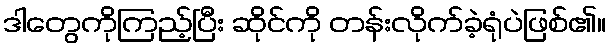
ဒါတွေကိုကြည့်ပြီး ဆိုင်ကို တန်းလိုက်ခဲ့ရုံပဲဖြစ်၏။